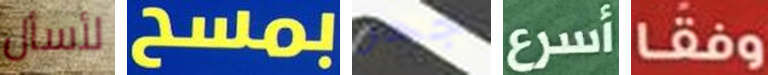
لأسأل بمسح جحر أسرع وفقا